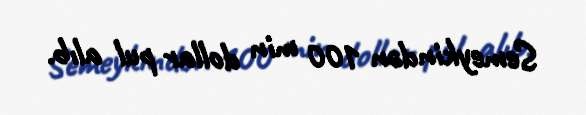
Semeykindən 100 min dollar pul alıb.